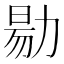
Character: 𠢃